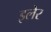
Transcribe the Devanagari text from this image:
इलेर